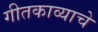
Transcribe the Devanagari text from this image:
गीतकाव्याचे